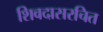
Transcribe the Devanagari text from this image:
शिवदासरचित